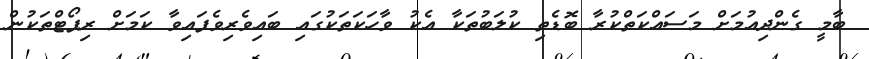
ބާމީ ގެންދިއުމަށް މަސައްކަތްކުރާ ބޮޑެތި ކުލަބުތަކާ އެކު ވާހަކަތަކުގައި ބައިވެރިވެފައިވާ ކަމަށް ރިޕޯޓްތަކުން